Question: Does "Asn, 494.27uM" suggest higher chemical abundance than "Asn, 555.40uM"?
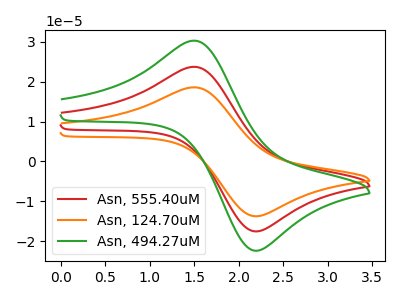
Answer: <think>The red curve "Asn, 555.40uM" has an anodic peak at (1.50V, 23.75uA) and a cathodic peak at (2.25V, -17.45uA). The orange curve "Asn, 124.70uM" has an anodic peak at (1.50V, 47.50uA) and a cathodic peak at (2.25V, -34.90uA). The green curve "Asn, 494.27uM" has an anodic peak at (1.50V, 30.30uA) and a cathodic peak at (2.25V, -22.30uA).
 All the peaks in "Asn, 494.27uM" have a peak in "Asn, 555.40uM" at the same potential. Every peak in "Asn, 494.27uM" is higher than every peak in "Asn, 555.40uM".</think>
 <answer>"Asn, 494.27uM" has more signal than "Asn, 555.40uM".</answer>
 <eval>more_signal</eval>